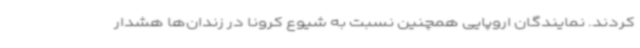
کردند. نمایندگان اروپایی همچنین نسبت به شیوع کرونا در زندان‌ها هشدار